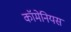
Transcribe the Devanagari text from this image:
कॉमेनियस